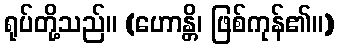
ရုပ်တို့သည်။ (ဟောန္တိ၊ ဖြစ်ကုန်၏။)